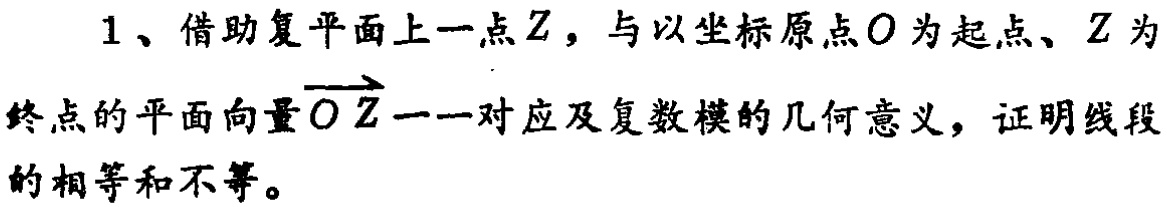
1、借助复平面上一点\(Z\)，与以坐标原点\(O\)为起点、\(Z\)为终点的平面向量\(\overrightarrow{OZ}\)一一对应及复数模的几何意义，证明线段的相等和不等。